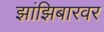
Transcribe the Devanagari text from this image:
झांझिबारवर